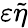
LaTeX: \varepsilon\tilde{\eta}